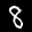
Label: 8